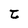
Character: t